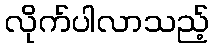
လိုက်ပါလာသည့်